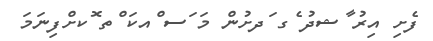
ފެށި އިރު ާޝދު ެގ ަދށުން މަ ަސ ްއކަ ްތ ޮކށްފިނަމަ